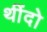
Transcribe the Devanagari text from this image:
थींदो